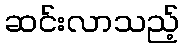
ဆင်းလာသည့်